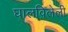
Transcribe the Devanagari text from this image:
घालविलेली